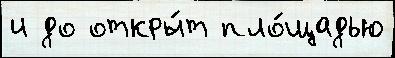
и до откры́т пло́щадью